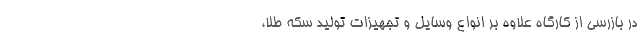
در بازرسی از کارگاه علاوه بر انواع وسایل و تجهیزات تولید سکه طلا،